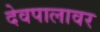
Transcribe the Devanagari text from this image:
देवपालावर